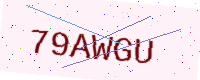
Text: 79AWGU